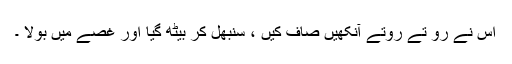
اس نے رو تے روتے آنکھیں صاف کیں ، سنبھل کر بیٹھ گیا اور غصے میں بولا ۔